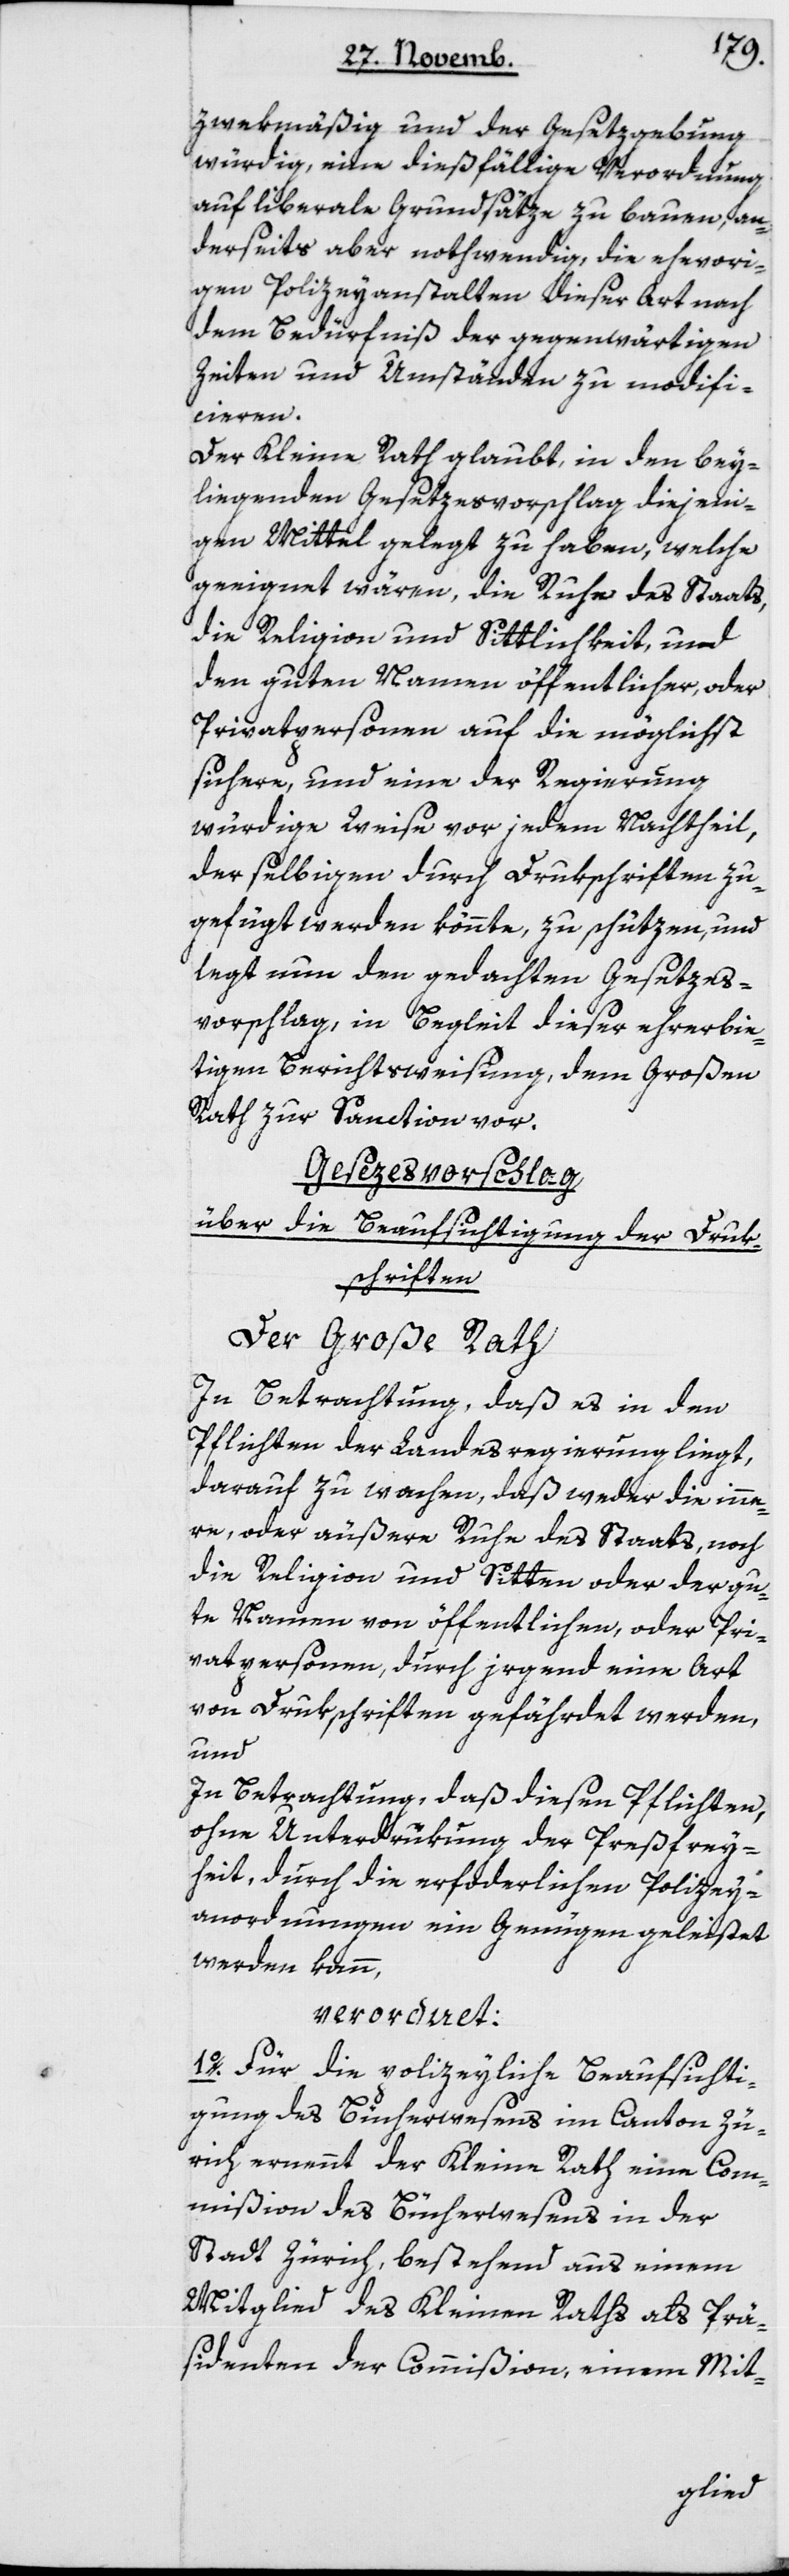
zwekmäßig und der Gesetzgebung
würdig, eine diesfällige Verordnung
auf liberale Grundsätze zu bauen, an¬
derseits aber nothwendig, die ehevori¬
gen Polizeyanstalten dieser Art nach
dem Bedürfniß der gegenwärtigen
Zeiten und Umständen zu modifi¬
cieren.
Der Kleine Rath glaubt, in den bei¬
liegenden Gesezesvorschlag diejeni¬
gen Mittel gelegt zu haben, welche
geeignet wären, die Ruhe des Staats,
die Religion und Sittlichkeit und
den guten Namen öffentlicher oder
Privatpersonen auf die möglichst
sichere und eine der Regierung
würdige Weise vor jedem Nachtheil,
der selbigen durch Drukschriften zu¬
gefügt werden könnte, zu schützen, und
legt nun dem gedachten Gesetzes¬
vorschlag, in Begleit dieser ehrerbie¬
tigen Berichtsweisung, dem großen
Rath zur Sanction vor.
Gesetzesvorschlag
über die Beaufsichtigung der Druk¬
schriften.
Der Große Rath,
In Betrachtung, daß es in den
Pflichten der Landesregierung liegt,
darauf zu wachen, daß weder die inne¬
re oder äußere Ruhe des Staats, noch
die Religion und Sitten oder der gu¬
te Namen von öffentlichen, oder Pri¬
vatpersonen, durch irgend eine Art
von Drukschriften gefährdet werden,
und
in Betrachtung, daß diesen Pflichten,
ohne Unterdrükung der Preßfrey¬
heit, durch die erforderlichen Polizey-A¬
nordnungen ein Genügen geleistet
werden kann,
verordnet:
I. Für die polizeyliche Beaufsichti¬
gung des Bücherwesens im Canton Zü¬
rich ernennt der Kleine Rath eine Com¬
mißion des Bücherwesens in der
Stadt Zürich, bestehend aus einem
Mitglied des Kleinen Raths als Prä¬
sidenten der Commißion, einem Mit-